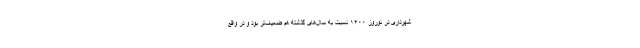
شهرداری در نوروز ۱۴۰۰ نسبت به سال‌های گذشته هم ضعیف‌تر بود و در واقع